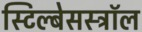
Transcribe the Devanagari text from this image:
स्टिल्बेसस्ट्रॉल